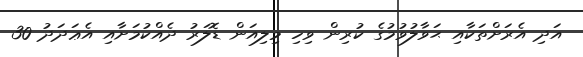
އަދި އެރަށްތަކާއި ޙަވާލުވުމުގެ ކުރިން ވިހި މިލިއަން ޑޮލަރު ދެއްކުމަށާއި އެޢަދަދު 30